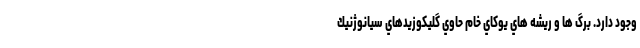
وجود دارد. برگ ها و ريشه هاي يوكاي خام حاوي گليكوزيدهاي سيانوژنيك